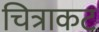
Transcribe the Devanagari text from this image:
चित्राकट